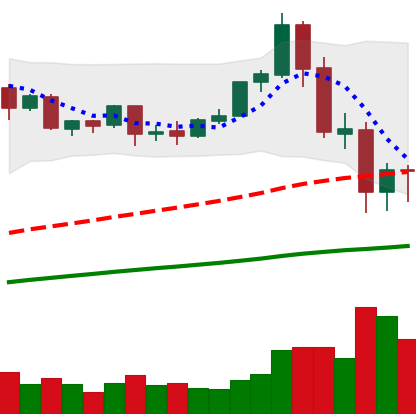
Ticker: ETH-USD
Chart end date: 2020-09-07
Forward return: 9.785%
Label: up_7plus